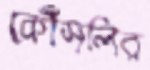
কৌঁসলির